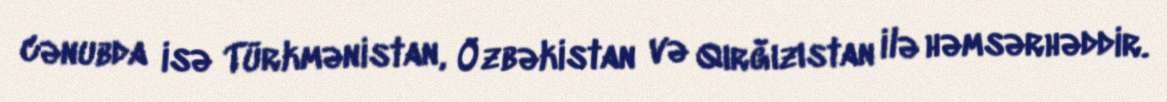
cənubda isə Türkmənistan, Özbəkistan və Qırğızıstan ilə həmsərhəddir.